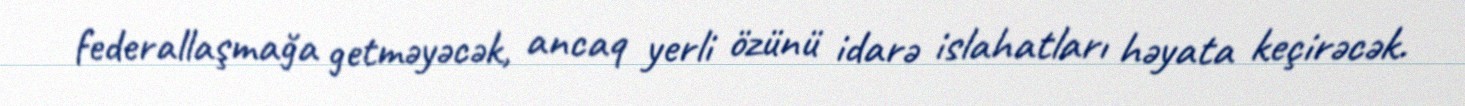
federallaşmağa getməyəcək, ancaq yerli özünü idarə islahatları həyata keçirəcək.